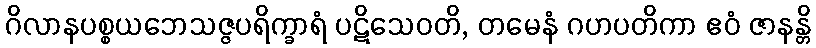
ဂိလာနပစ္စယဘေသဇ္ဇပရိက္ခာရံ ပဋိသေဝတိ, တမေနံ ဂဟပတိကာ ဧဝံ ဇာနန္တိ